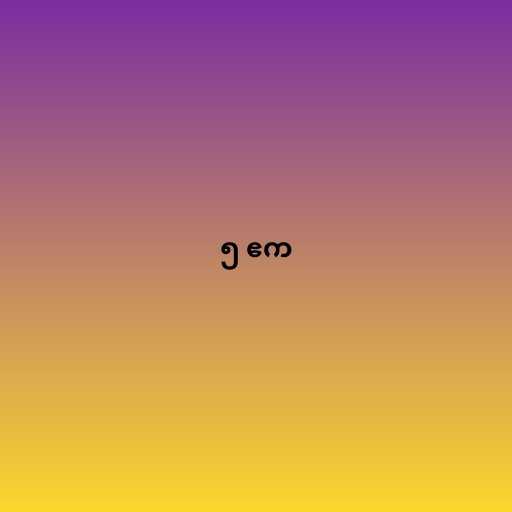
၅ ဧက